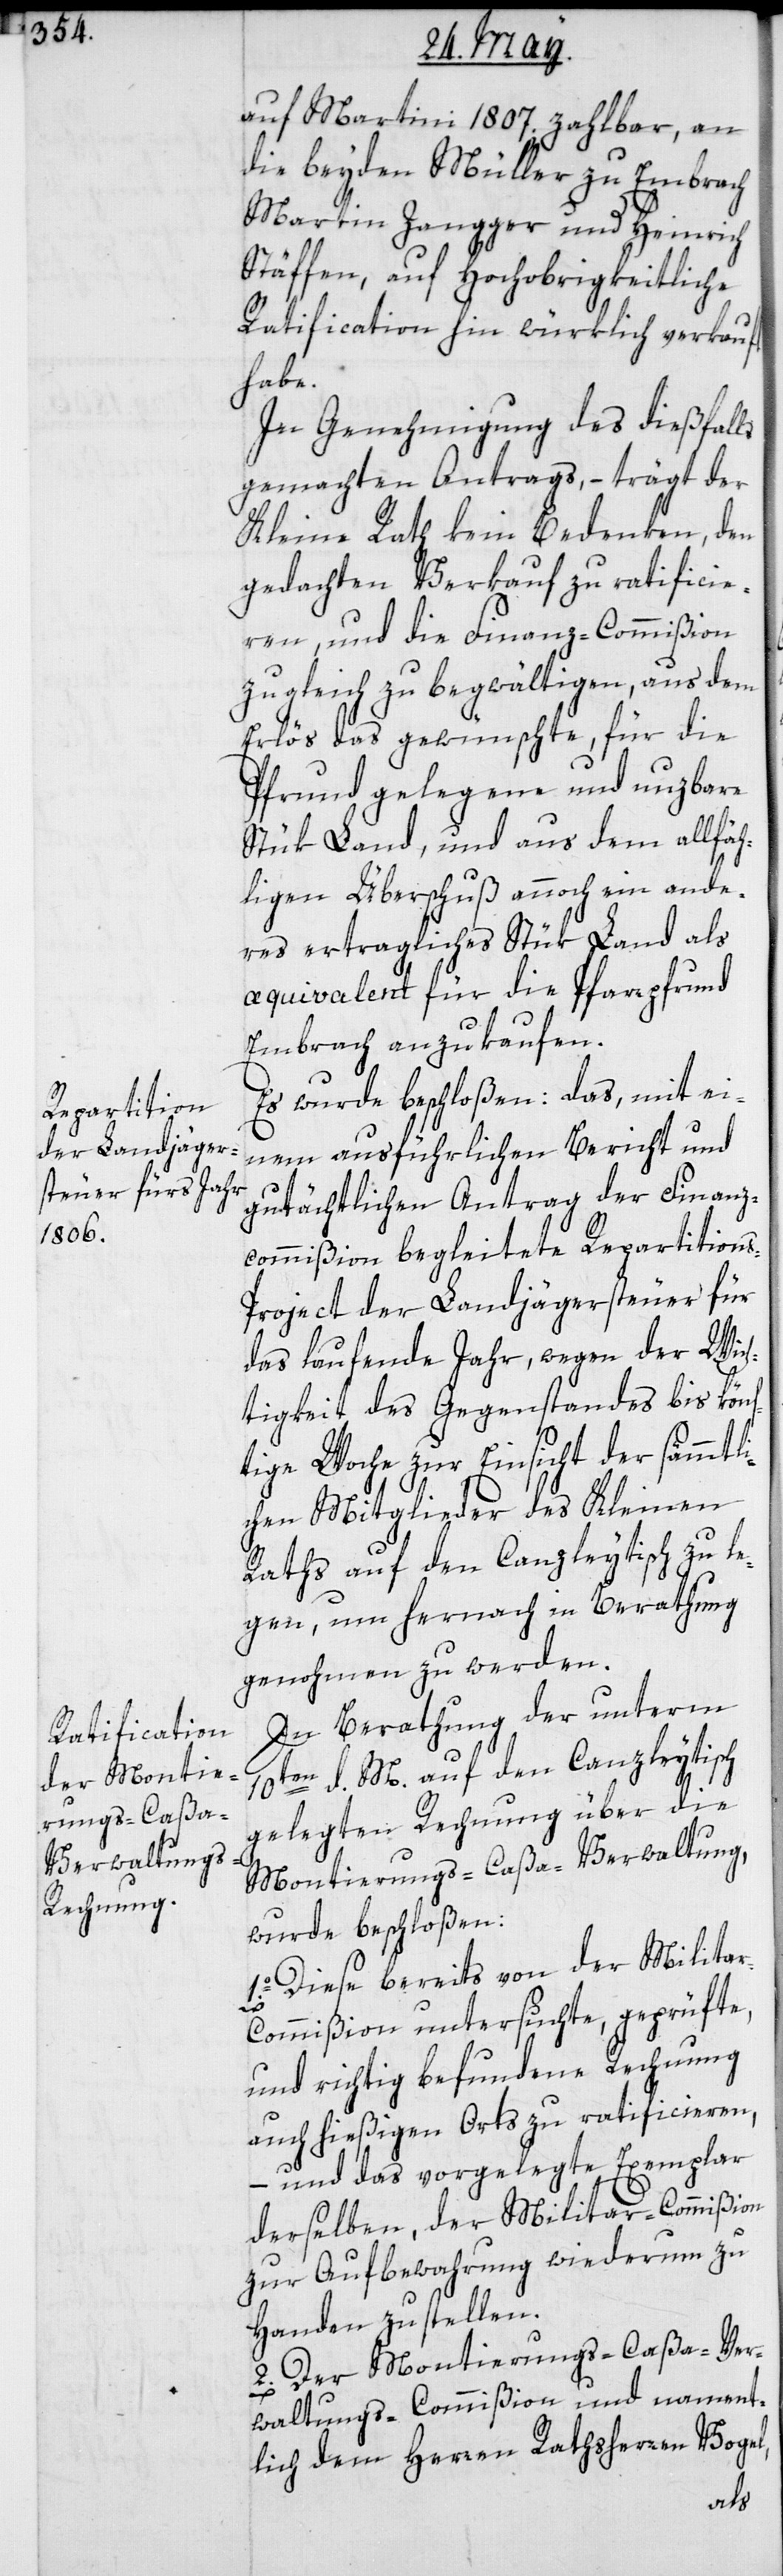
auf Martini 1807. zahlbar, an
die beyden Müller zu Embrach,
Martin Zangger und Heinrich
Stäffen, auf Hochobrigkeitliche
Ratification hin würklich verkauft
habe.
In Genehmigung des dießfalls
gemachten Antrags, – trägt der
Kleine Rath kein Bedenken, den
gedachten Verkauf zu ratificie¬
ren, und die Finanz-Commißion
zugleich zu begwältigen, aus dem
Erlös das gewünschte für die
Pfrund gelegene und nuzbare
Stük Land, und aus dem allfäh¬
ligen Überschuß annoch ein ande¬
res ertragliches Stük Land als
æquivalent für die Pfarrpfrund
Embrach anzukaufen.
Es wurde beschloßen: das, mit ei¬
nem ausführlichen Bericht und
gutächtlichen Antrag der Finanz¬
commißion begleitete Repartition¬
s-Project der Landjägersteuer für
das laufende Jahr, wegen der Wic¬
htigkeit des Gegenstandes bis könf¬
tige Woche zur Einsicht der sämmtli¬
chen Mitglieder des Kleinen
Raths auf den Canzleytisch zu le¬
gen, um hernach in Berathung
genohmen zu werden.
In Berathung der unterm
10ten d. M. auf den Canzleytisch
gelegten Rechnung über die
Montierungs-Caßa-Verwaltung,
wurde beschloßen:
1o. Diese bereits von der Milita¬
r-Commißion untersuchte, geprüfte
und richtig befundene Rechnung
auch hießigen Orts zu ratificieren,
– und das vorgelegte Exemplar
derselben, der Militar-Commißion
zur Aufbewahrung wiederum zu
Handen zu stellen.
2. Der Montierungs-Caßa-Ver¬
waltungs-Commißion und nament¬
lich dem Herren Rathsherrn Vogel,